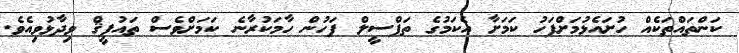
ކަންތައްތަކެއް ހުށައެޅުމަށްފަހު ކަމަށާ އެކަމުގެ ތަފްސީލް ފަހުން ހާމަކުރާނެ ކަމަށްވެސް ތައުފީޤް ވިދާޅުވިއެވެ.